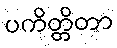
ပကိတ္တိတာ